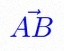
\vec{AB}